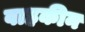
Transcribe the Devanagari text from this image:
वाहकीन